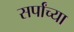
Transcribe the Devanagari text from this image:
सर्पांच्या